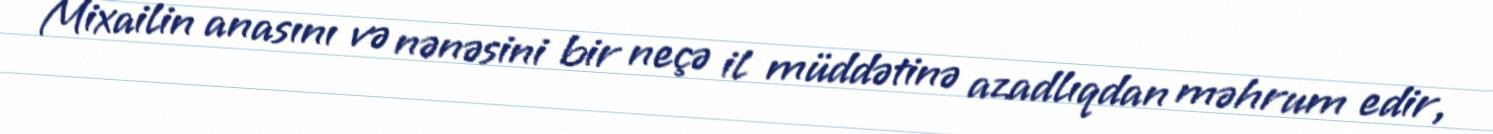
Mixailin anasını və nənəsini bir neçə il müddətinə azadlıqdan məhrum edir,